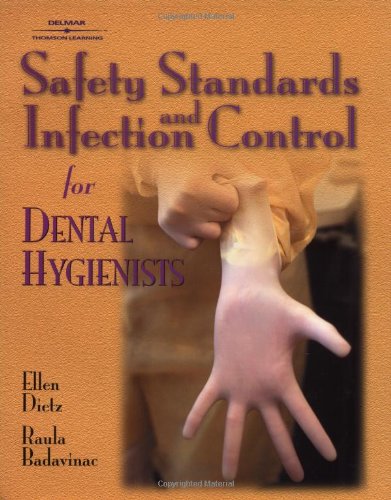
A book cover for Safety Standards and Infection Control for Dental Hygienists; Ellen Dietz-Bourguignon; Medical Books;